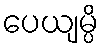
ပေယျမ္ပိ